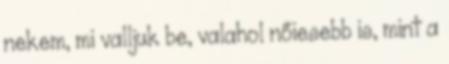
nekem, mi valljuk be, valahol nőiesebb is, mint a